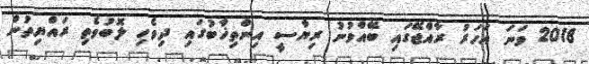
2018 ވަނަ އަހަރު ރާއްޖޭގައި ބޭއްވުނު ރިޔާސީ އިންތިޚާބުގައި ދިވެހި ލޮބުވެތި ރައްޔިތުން